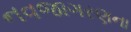
નવજાગરણના